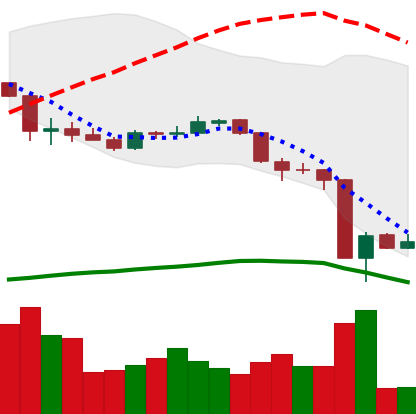
Ticker: ADA-USD
Chart end date: 2020-03-15
Forward return: 8.289%
Label: up_7plus